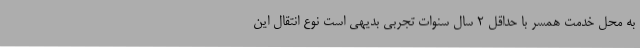
به محل خدمت همسر با حداقل ۲ سال سنوات تجربی بدیهی است نوع انتقال این